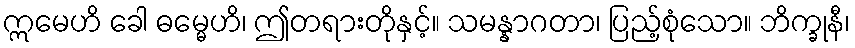
ဣမေဟိ ခေါ ဓမ္မေဟိ၊ ဤတရားတိုနှင့်။ သမန္နာဂတာ၊ ပြည့်စုံသော။ ဘိက္ခုနီ၊